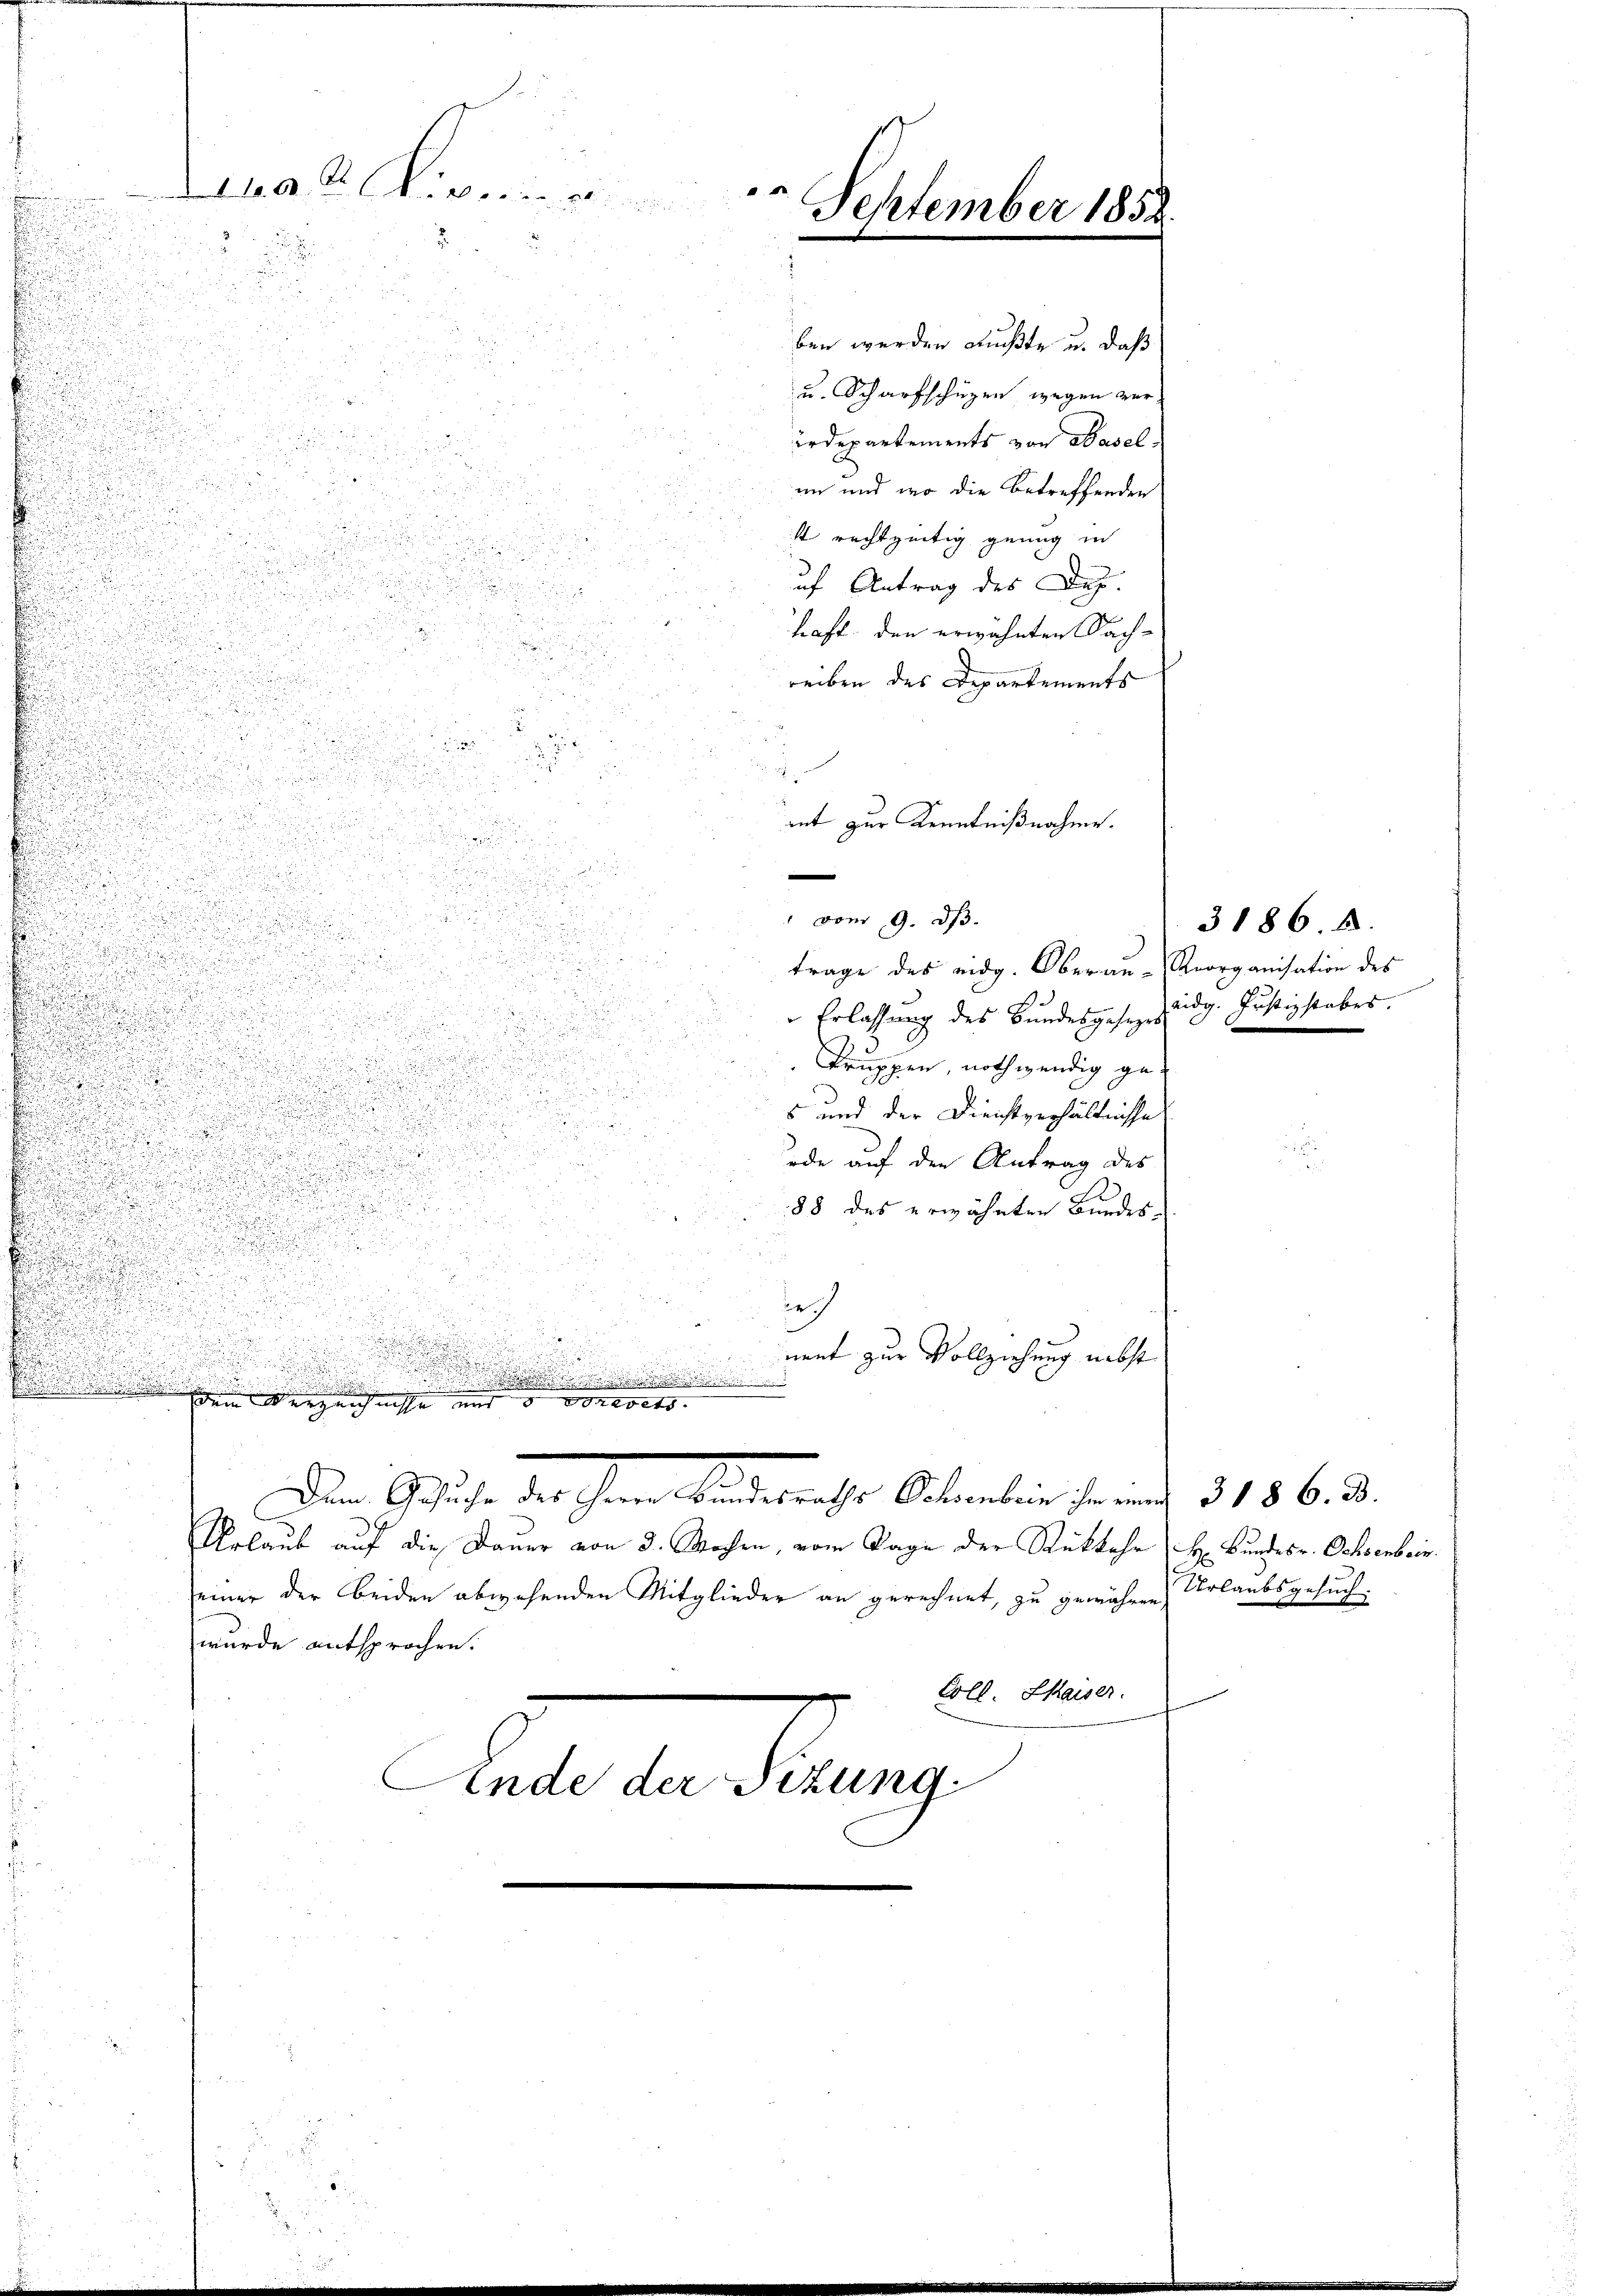
ndert. 10. A die a orien e

d
d

25

.

s
.

.
2

i

0 x

¬

u
e
1
.

.
.

e
u

i

u
.

n

.

u

d

.

E

1

b

.
u
.

u

.

.

F

d

.
.
u

s
 Verzeichnisse und u. wohlsets
.
wurde entsprochen.

u

Urlaub auf die Dauer von 3. Machen, vom Tage der Rückkehr
seiner der beiden abwesenden Mitglieder an gerechnet, zu gewähren Urlaubsgesuch

ben werden mußte u. daß
u. Scharfschüzen, wegen ver¬

Die Schuhe der sein Winterhalte Oetentin Ferne 3186. 3.

irdepartements von Waselim und wo die Betreffenden
1 rechtzeitig genug in
uf Antrag des Da
haft den erwähnten Sach-
reiben des Departements
2
mnt zur Kenntnißnahme.

Ende der Sizung

.
September 183.

" vom 9. d.
trage des eidg. Oberan- Georganisation des

" Erlassung des Bundesgesen, zudg. Justizstabes.
Truppen, nothwendig ge¬
5 und der Dienstverhältnisse
ode auf den Antrag des
88 des erwähnten Bundes¬

nent zur Vollziehung nebst

Coll. Maiser.

3186. 8.

H Bundes v. Ochsenbein.